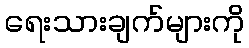
ရေးသားချက်များကို